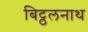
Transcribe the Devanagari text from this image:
बिट्ठलनाथ